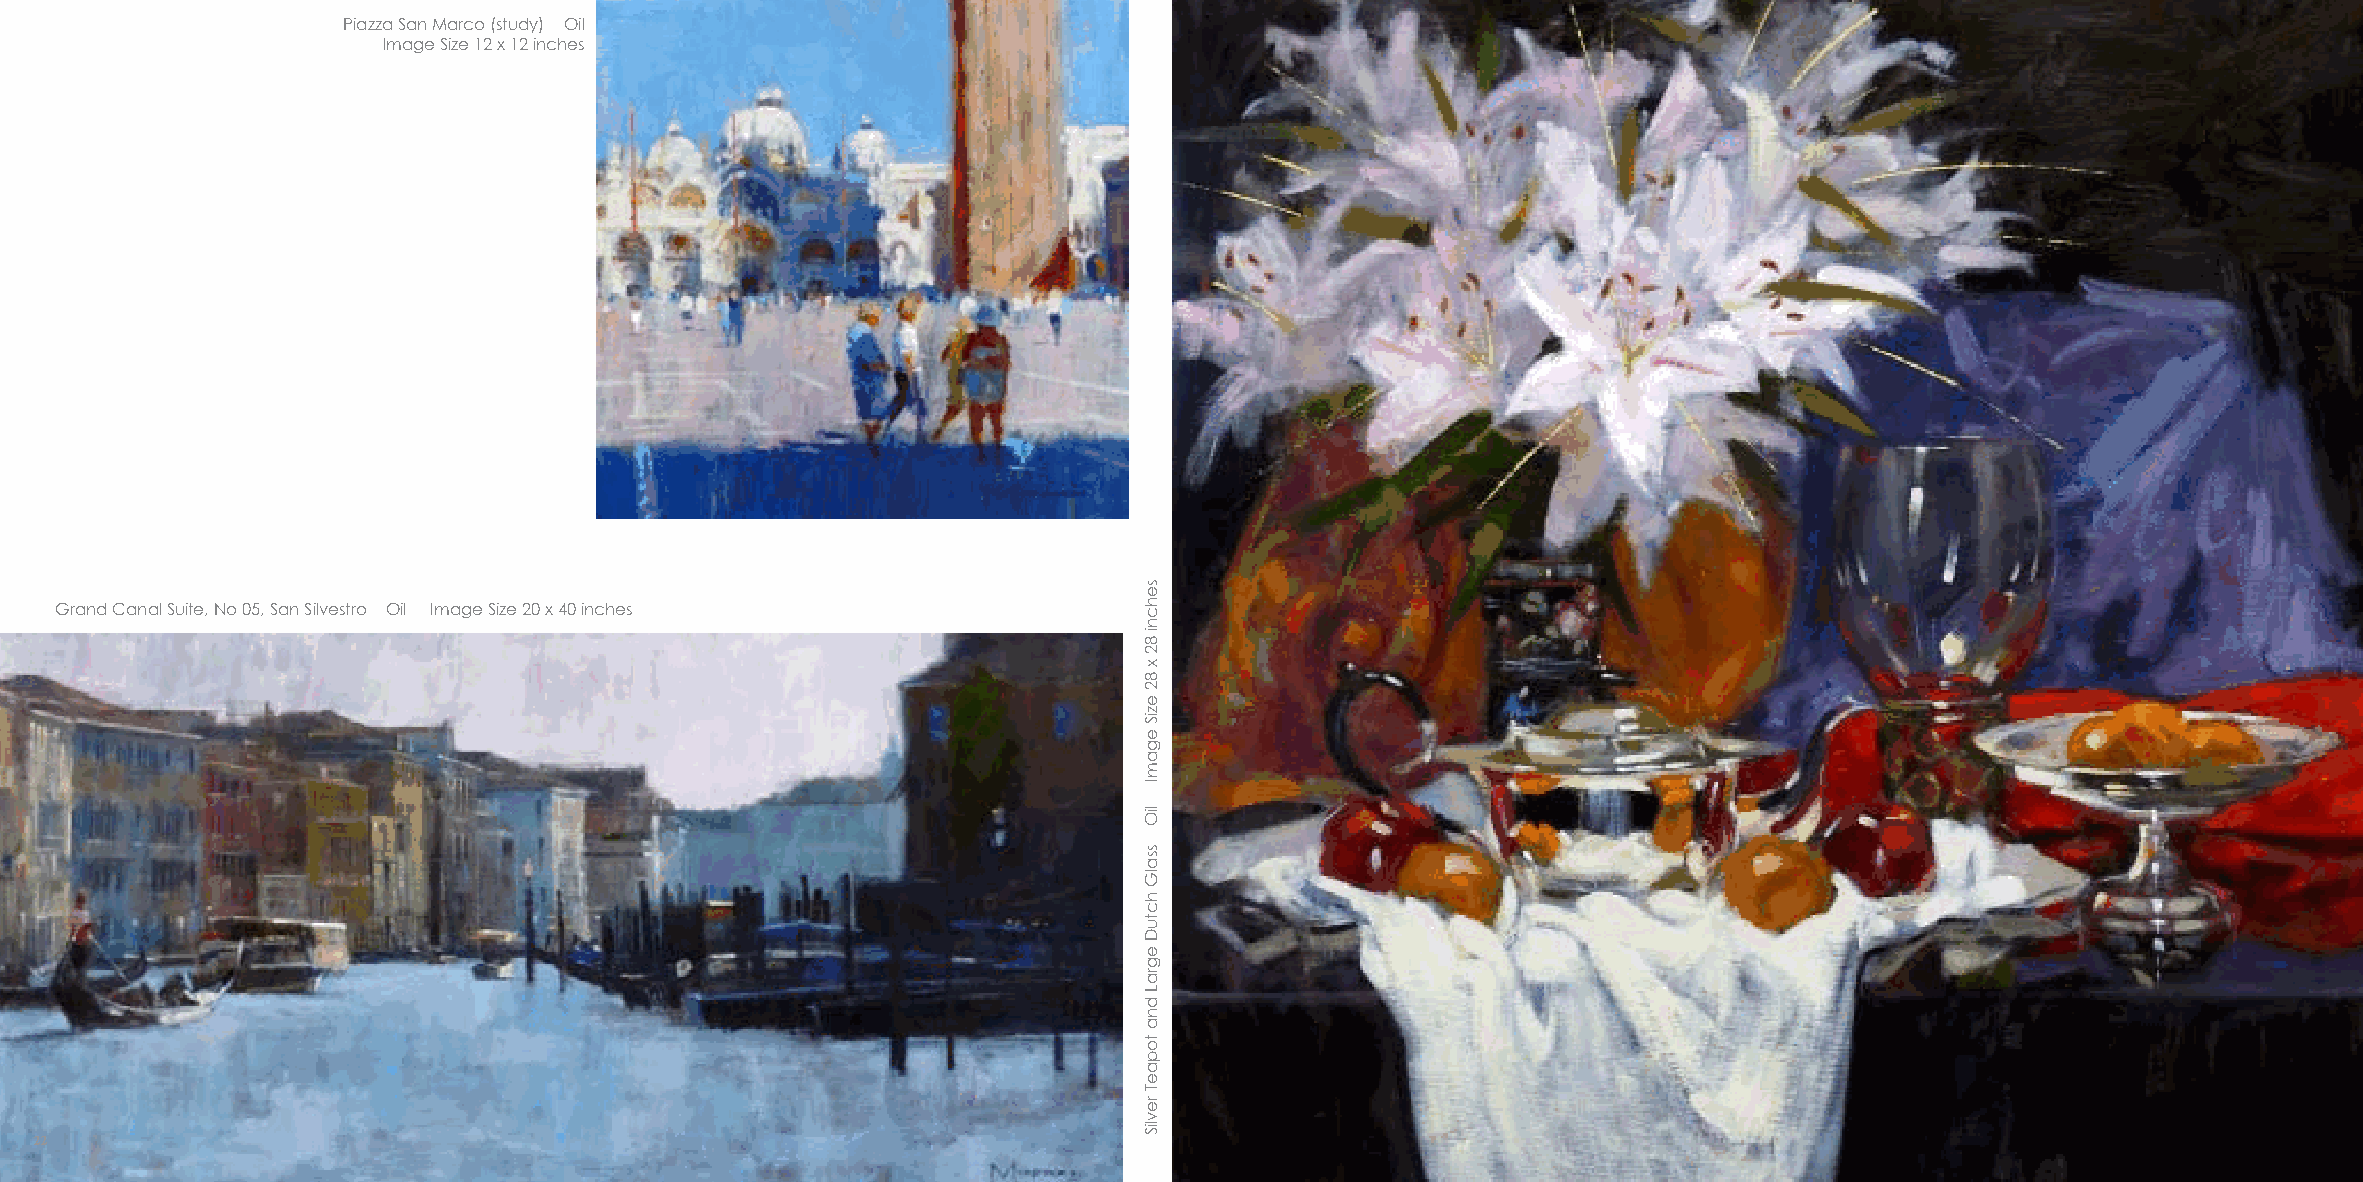
Piazza San Marco (study) Oil
 Image Size 12 x 12 inches
 Grand Canal Suite, No 05, San Silvestro Oil Image Size 20 x 40 inches
 22                                                                                                                                                     23
 sehcni
 82
 x
 82
 eziS
 egamI
 liO
 ssalG
 hctuD
 egraL
 dna
 topaeT
 revliS